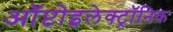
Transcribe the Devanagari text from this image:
ऑप्टोइलेक्ट्रॉनिक